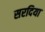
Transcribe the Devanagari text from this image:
सरदिया